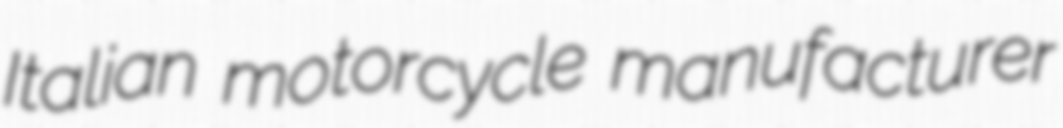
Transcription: Italian motorcycle manufacturer